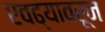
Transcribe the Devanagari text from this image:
एवढ्यावरून